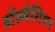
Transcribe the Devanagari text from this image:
डॉल्मैशियन